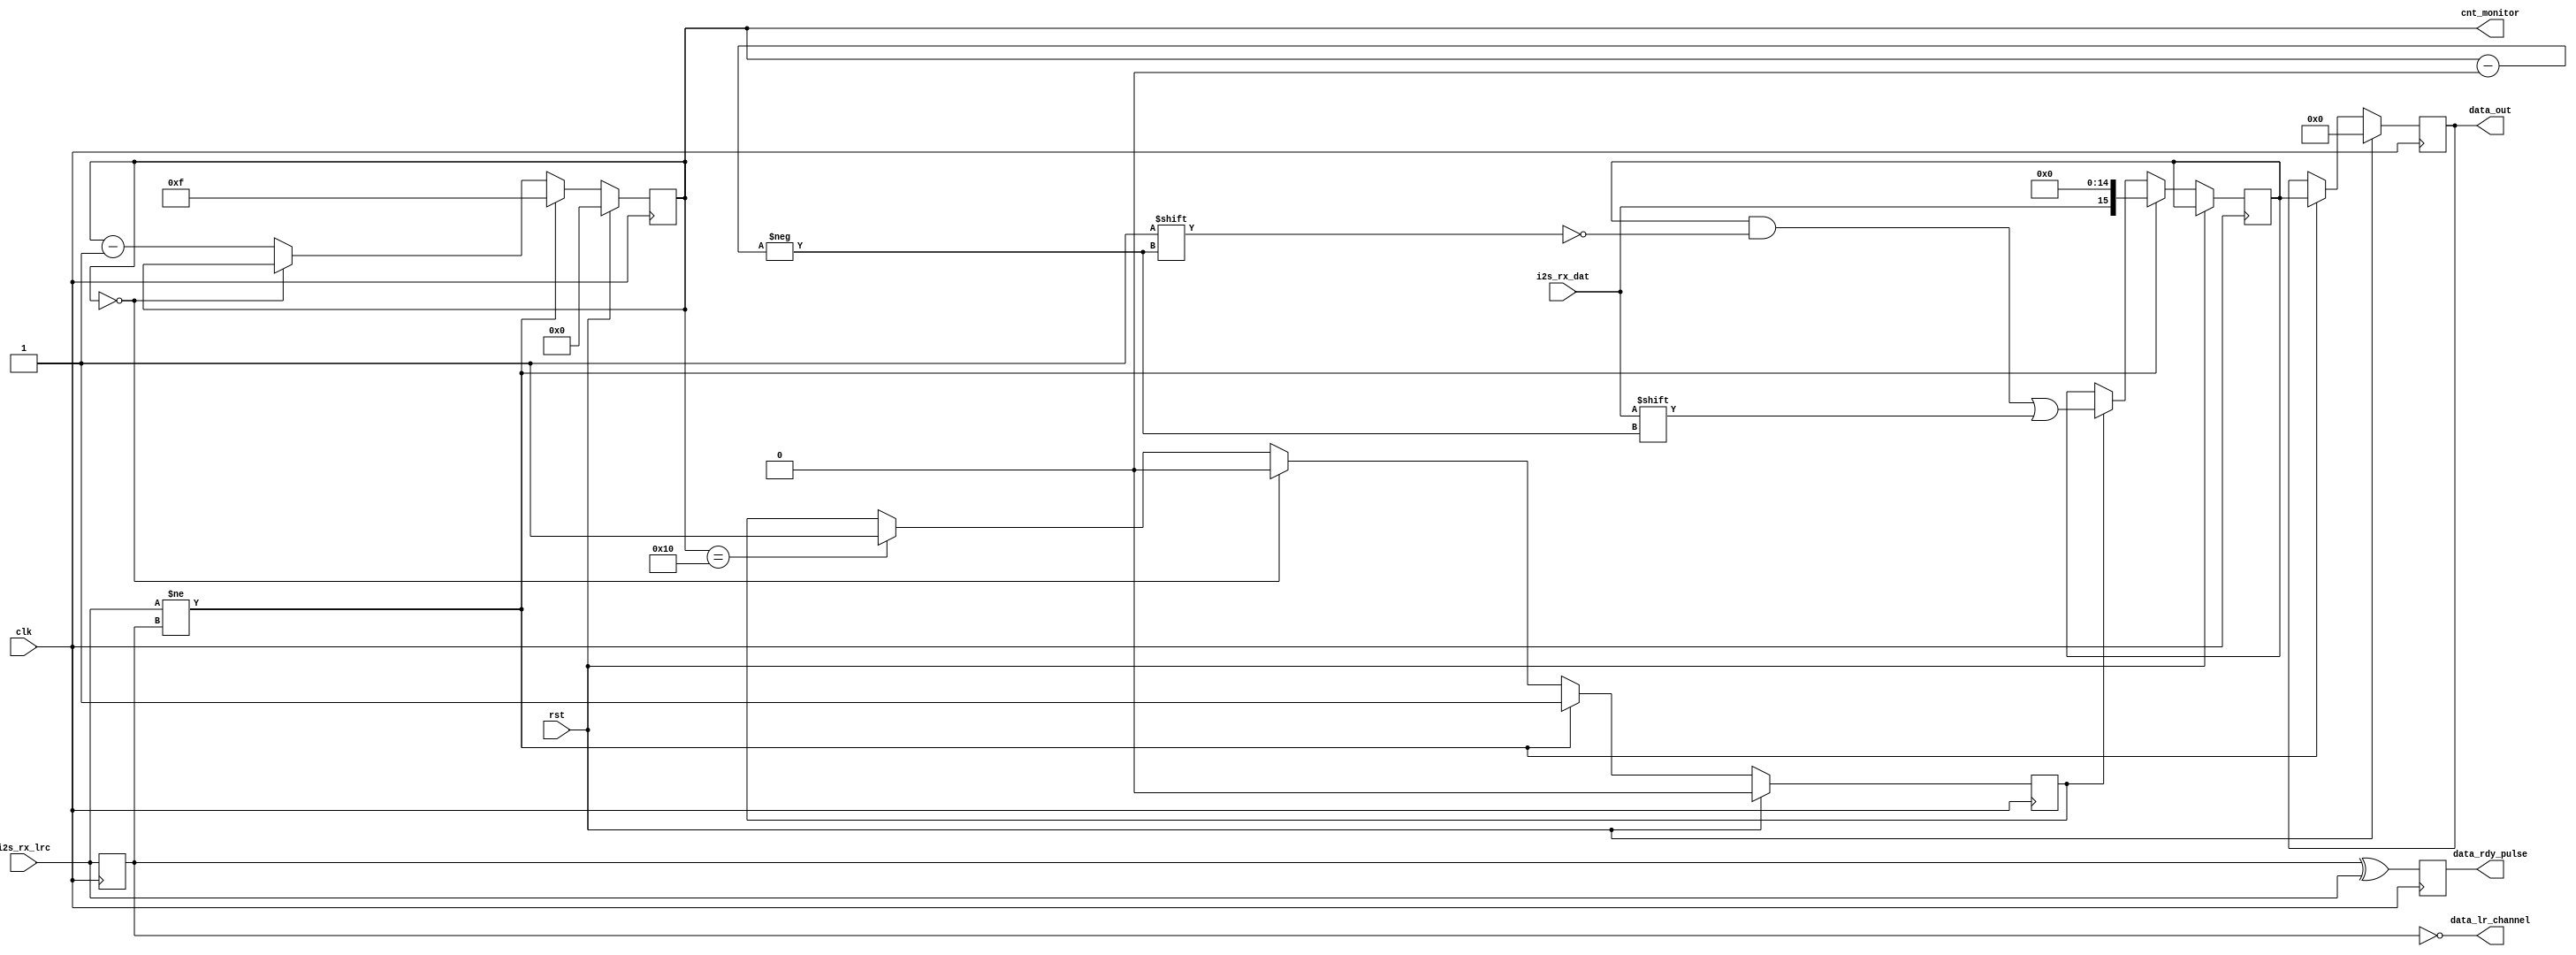
`timescale 1ns / 1ps
`default_nettype none
//////////////////////////////////////////////////////////////////////////////////
// Company: 
// Engineer: 
// 
// Design Name: 
// Module Name: I2S_Receiver
// Project Name: 
// Target Devices: 
// Tool Versions: 
// Description: 
// 
// Dependencies: 
// 
// Revision:
// Revision 0.01 - File Created
// Additional Comments:
// 
//////////////////////////////////////////////////////////////////////////////////


module I2S_Receiver
    #(
        parameter SAMPLE_WIDTH = 16,
        parameter PRE_PAD = 1
    )
    (
        input wire clk,     // BCLK
        input wire rst,

        input wire i2s_rx_dat,
        input wire i2s_rx_lrc,

        output reg [SAMPLE_WIDTH - 1:0] data_out,
        output wire data_rdy_pulse,
        output wire data_lr_channel,

        output wire [$clog2(SAMPLE_WIDTH + PRE_PAD) - 1 : 0] cnt_monitor
    );

    localparam lrc_left = 1'b1;
    localparam lrc_right = 1'b0;

    localparam CNT_MAX = SAMPLE_WIDTH + PRE_PAD;
    
    reg [$clog2(CNT_MAX) - 1 : 0] cnt = 0;
    assign cnt_monitor = cnt;
    reg [SAMPLE_WIDTH - 1 : 0] data_store_reg = 0;
    reg do_store = 0;

    reg i2s_rx_lrc_d1 = 0;
    reg lrc_pulse = 0;

    always @(posedge clk) begin : p_lrc_pulse_gen
        i2s_rx_lrc_d1 <= i2s_rx_lrc;
        lrc_pulse <= i2s_rx_lrc_d1 ^ i2s_rx_lrc;
    end

    assign data_rdy_pulse = lrc_pulse;
    assign data_lr_channel = ~i2s_rx_lrc_d1;


    always @(posedge clk) begin : p_data_rxeiver
        if(rst == 1) begin
            cnt <= 0;

            do_store <= PRE_PAD == 0 ? 1 : 0;

            data_out <= 0;
        end
        else begin

            if(do_store == 1) begin
                data_store_reg[cnt] <= i2s_rx_dat;
            end

            if(cnt == 0) begin
                // This may be overwritten by a later IF block
                do_store <= 0;
            end
            else begin
                if(cnt == SAMPLE_WIDTH) begin
                    do_store <= 1;
                end
                cnt <= cnt - 1;
            end

            if(i2s_rx_lrc != i2s_rx_lrc_d1) begin
                // Load MSb with i2s_rx_dat immediately to accomodate PRE_PAD = 0
                //data_store_reg <= PRE_PAD <= 0 ? {i2s_rx_dat, {SAMPLE_WIDTH - 1{1'b0}}} : 0;
                if(PRE_PAD == 0) begin
                    cnt <= CNT_MAX - 1;
                    data_store_reg <= 0;
                    data_out <= {data_store_reg[SAMPLE_WIDTH - 1:1], i2s_rx_dat};
                end
                else if(PRE_PAD == 1) begin
                    cnt <= CNT_MAX - 2;
                    data_store_reg <= {i2s_rx_dat, {SAMPLE_WIDTH - 1{1'b0}}};
                    data_out <= data_store_reg;
                end
                else begin
                    cnt <= CNT_MAX - 2;
                    data_store_reg <= 0;
                    data_out <= data_store_reg;
                end

                // flip-flop propogation delay requires this be set immediately if PRE_PAD <= 1
                do_store <= PRE_PAD <= 1 ? 1 : 0;
            end
        end
    end

endmodule